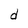
Character: d